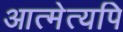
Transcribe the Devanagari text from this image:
आत्मेत्यपि